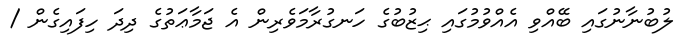
ލުބުނާނުގައި ބޭއްވި އެއްވުމުގައި ޙިޒުބުގެ ހަނގުރާމަވެރިން އެ ޖަމާޢަތުގެ ދިދަ ހިފައިގެން /